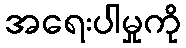
အရေးပါမှုကို